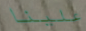
علينا